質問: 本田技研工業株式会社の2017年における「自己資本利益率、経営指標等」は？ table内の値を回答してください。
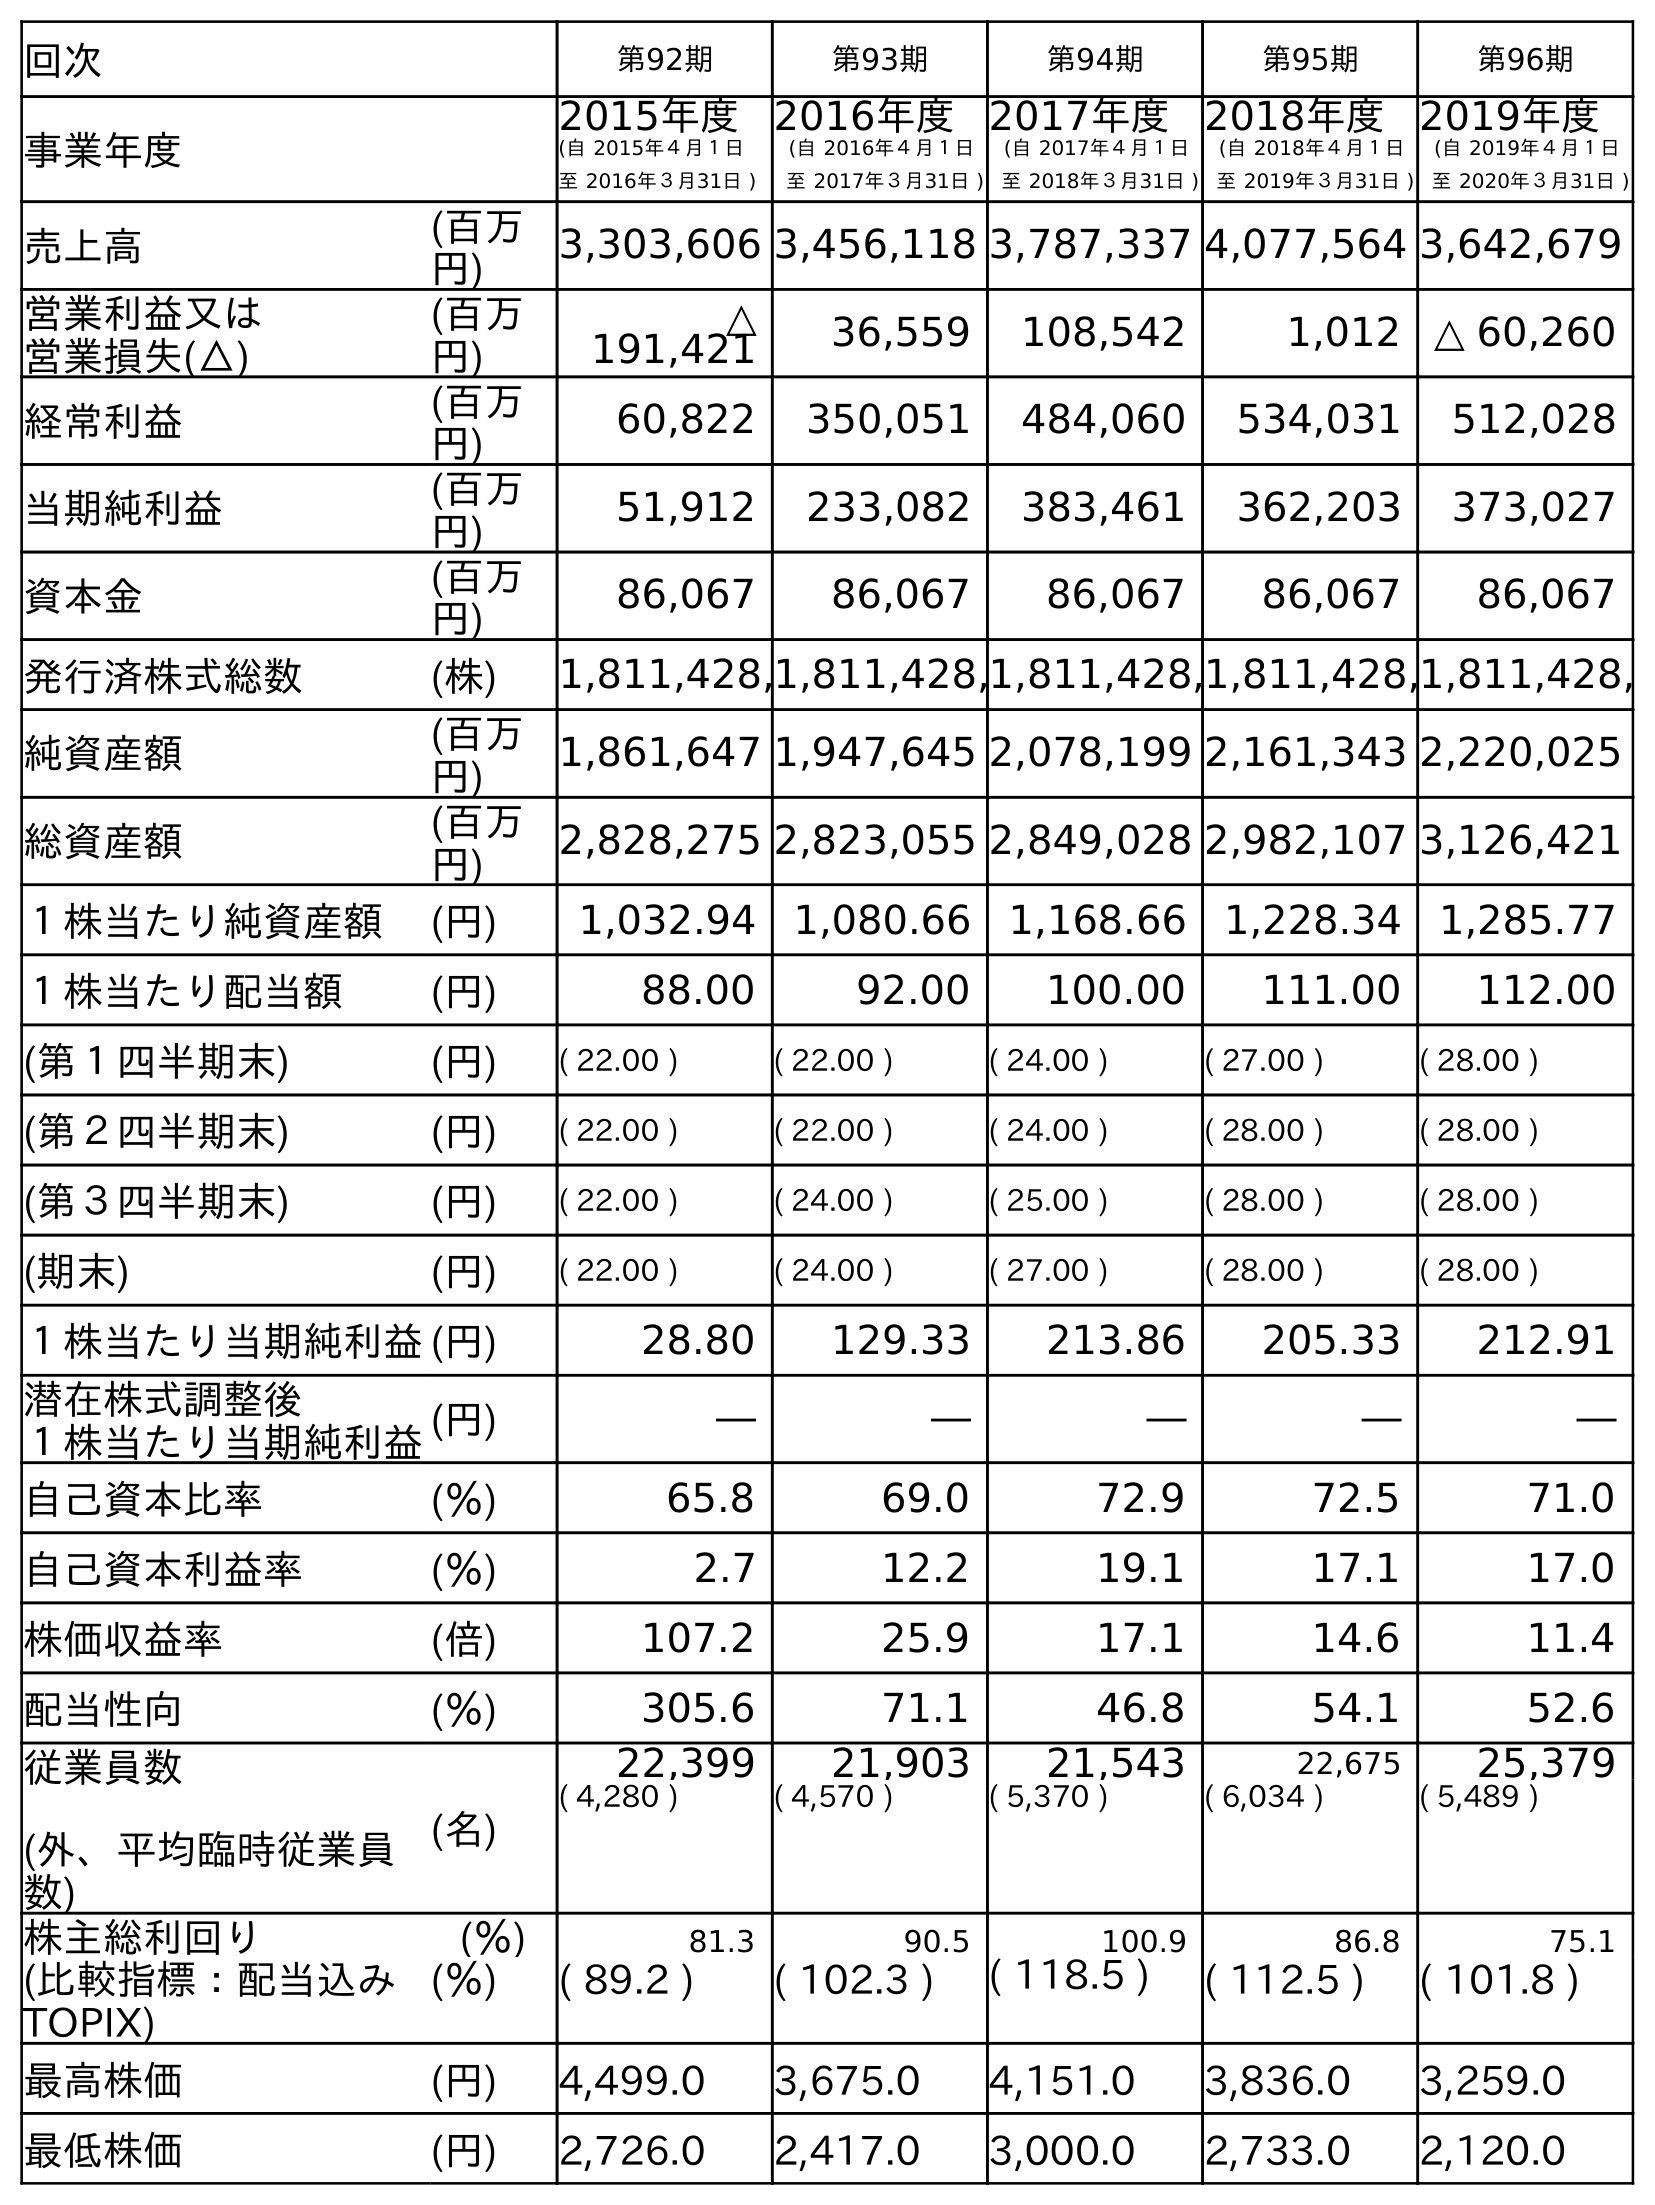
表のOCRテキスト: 回次 第92期 第93期 第94期 第95期 第96期 事業年度 2015年度 (自 2015年４月１日 至 2016年３月31日 ) 2016年度 (自 2016年４月１日 至 2017年３月31日 ) 2017年度 (自 2017年４月１日 至 2018年３月31日 ) 2018年度 (自 2018年４月１日 至 2019年３月31日 ) 2019年度 (自 2019年４月１日 至 2020年３月31日 ) 売上高 (百万 円) 3,303,606 3,456,118 3,787,337 4,077,564 3,642,679 営業利益又は 営業損失(△) (百万 円) △ 191,421 36,559 108,542 1,012 △ 60,260 経常利益 (百万 円) 60,822 350,051 484,060 534,031 512,028 当期純利益 (百万 円) 51,912 233,082 383,461 362,203 373,027 資本金 (百万 円) 86,067 86,067 86,067 86,067 86,067 発行済株式総数 (株) 1,811,428,1,811,428,1,811,428,1,811,428,1,811,428, 純資産額 (百万 円) 1,861,647 1,947,645 2,078,199 2,161,343 2,220,025 総資産額 (百万 円) 2,828,275 2,823,055 2,849,028 2,982,107 3,126,421 １株当たり純資産額 (円) 1,032.94 1,080.66 1,168.66 1,228.34 1,285.77 １株当たり配当額 (円) 88.00 92.00 100.00 111.00 112.00 (第１四半期末) (円) ( 22.00 ) ( 22.00 ) ( 24.00 ) ( 27.00 ) ( 28.00 ) (第２四半期末) (円) ( 22.00 ) ( 22.00 ) ( 24.00 ) ( 28.00 ) ( 28.00 ) (第３四半期末) (円) ( 22.00 ) ( 24.00 ) ( 25.00 ) ( 28.00 ) ( 28.00 ) (期末) (円) ( 22.00 ) ( 24.00 ) ( 27.00 ) ( 28.00 ) ( 28.00 ) １株当たり当期純利益(円) 28.80 129.33 213.86 205.33 212.91 潜在株式調整後 １株当たり当期純利益(円) ― ― ― ― ― 自己資本比率 (％) 65.8 69.0 72.9 72.5 71.0 自己資本利益率 (％) 2.7 12.2 19.1 17.1 17.0 株価収益率 (倍) 107.2 25.9 17.1 14.6 11.4 配当性向 (％) 305.6 71.1 46.8 54.1 52.6 従業員数 (外、平均臨時従業員 数) (名) 22,399 21,903 21,543 22,675 25,379 ( 4,280 ) ( 4,570 ) ( 5,370 ) ( 6,034 ) ( 5,489 ) 株主総利回り (％) 81.3 90.5 100.9 86.8 75.1 (比較指標：配当込み TOPIX) (％) ( 89.2 ) ( 102.3 ) ( 118.5 ) ( 112.5 ) ( 101.8 ) 最高株価 (円) 4,499.0 3,675.0 4,151.0 3,836.0 3,259.0 最低株価 (円) 2,726.0 2,417.0 3,000.0 2,733.0 2,120.0
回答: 12.2